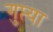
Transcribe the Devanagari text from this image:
गुप्त्या